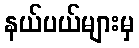
နယ်ပယ်များမှ